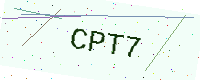
Text: CPT7